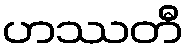
ဟဿတီ